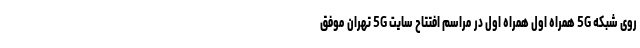
روی شبکه 5G همراه اول همراه اول در مراسم افتتاح سایت 5G تهران موفق